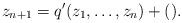
LaTeX: \begin{align*}z_{n+1}=q^\prime(z_1,\dotsc,z_n)+().\end{align*}